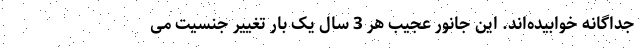
جداگانه خوابیده‌اند. این جانور عجیب هر 3 سال یک بار تغییر جنسیت می